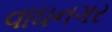
વાઘનગર